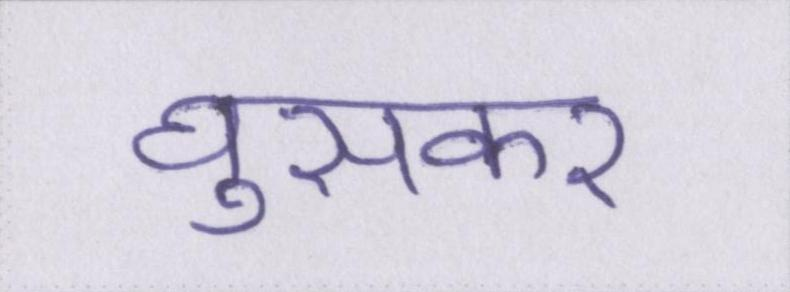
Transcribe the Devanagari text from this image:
घुसकर